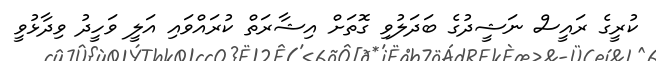
ކުރީގެ ރައީސް ނަޝީދުގެ ބަދަލުވި ގޮތަށް އިޝާރަތް ކުރައްވައި އަލީ ވަހީދު ވިދާޅުވީ